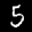
Label: 5